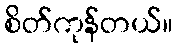
စိတ်ကုန်တယ်။